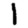
Digit: 1